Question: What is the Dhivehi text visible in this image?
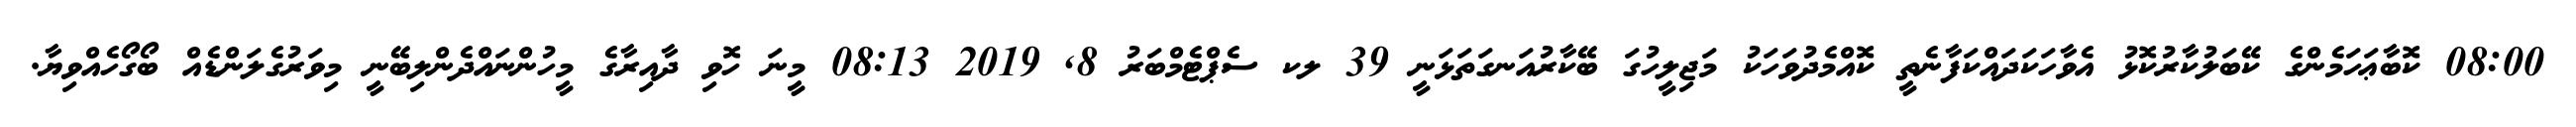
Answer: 08:00 ކޮބާޢަހަމެންގެ ކޭބަލުކާރުކޮޅު އެވާހަކަދައްކަފާނެތީ ކޮއްމެދުވަހަކު މަޖިލީހުގަ ބޭކާރުއަނގަތަޅަނީ 39 ލކ ސެޕްޓެމްބަރު 8, 2019 08:13 މީނަ ހޮވި ދާއިރާގެ މީހުންނައްދެންލިބޭނީ މިވަރުގެލަންޑެއް ބޯގޯހެއްވިޔާ.